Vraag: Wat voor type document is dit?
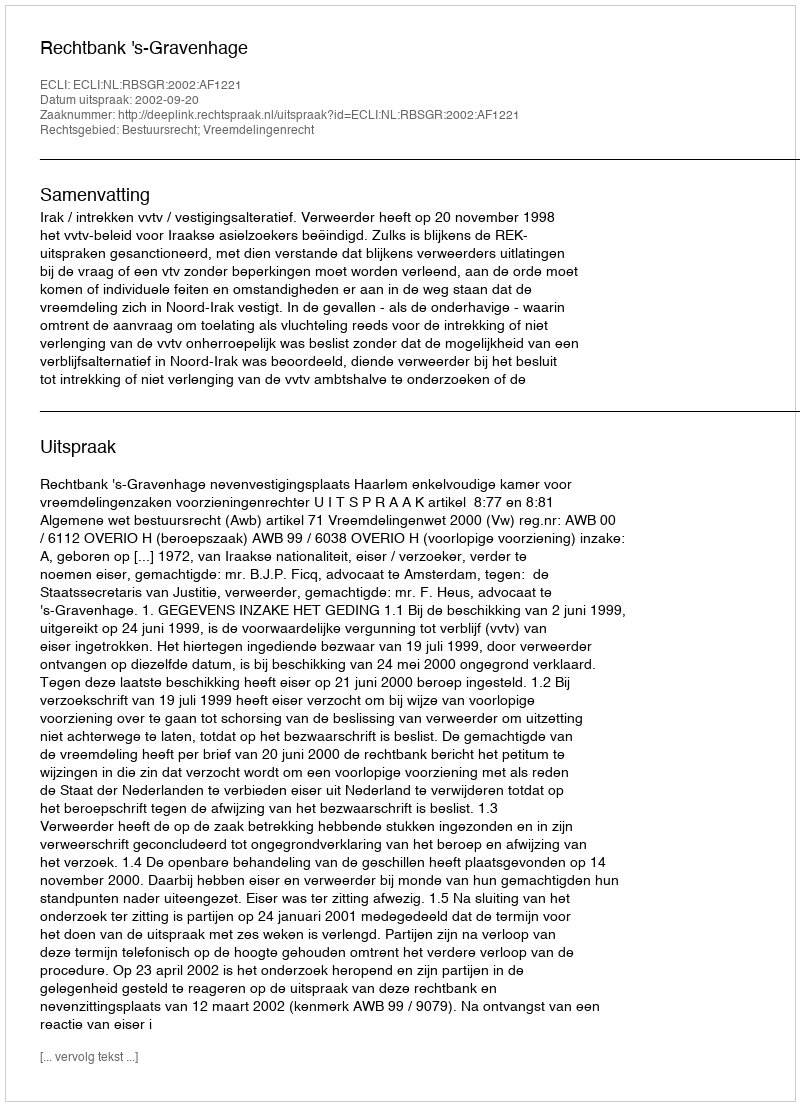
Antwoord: Uitspraak